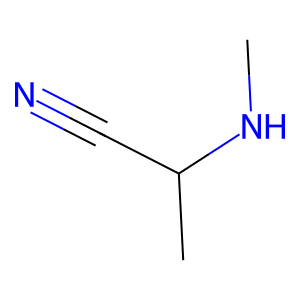
SMILES: CNC(C)C#N
Inhibits HIV replication: No